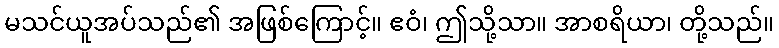
မသင်ယူအပ်သည်၏ အဖြစ်ကြောင့်။ ဧဝံ၊ ဤသို့သာ။ အာစရိယာ၊ တို့သည်။